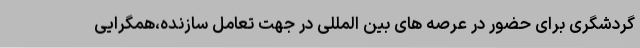
گردشگری برای حضور در عرصه های بین المللی در جهت تعامل سازنده،همگرایی